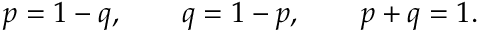
p = 1 - q , \quad \quad q = 1 - p , \quad \quad p + q = 1 .